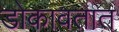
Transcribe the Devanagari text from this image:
डोकावतात